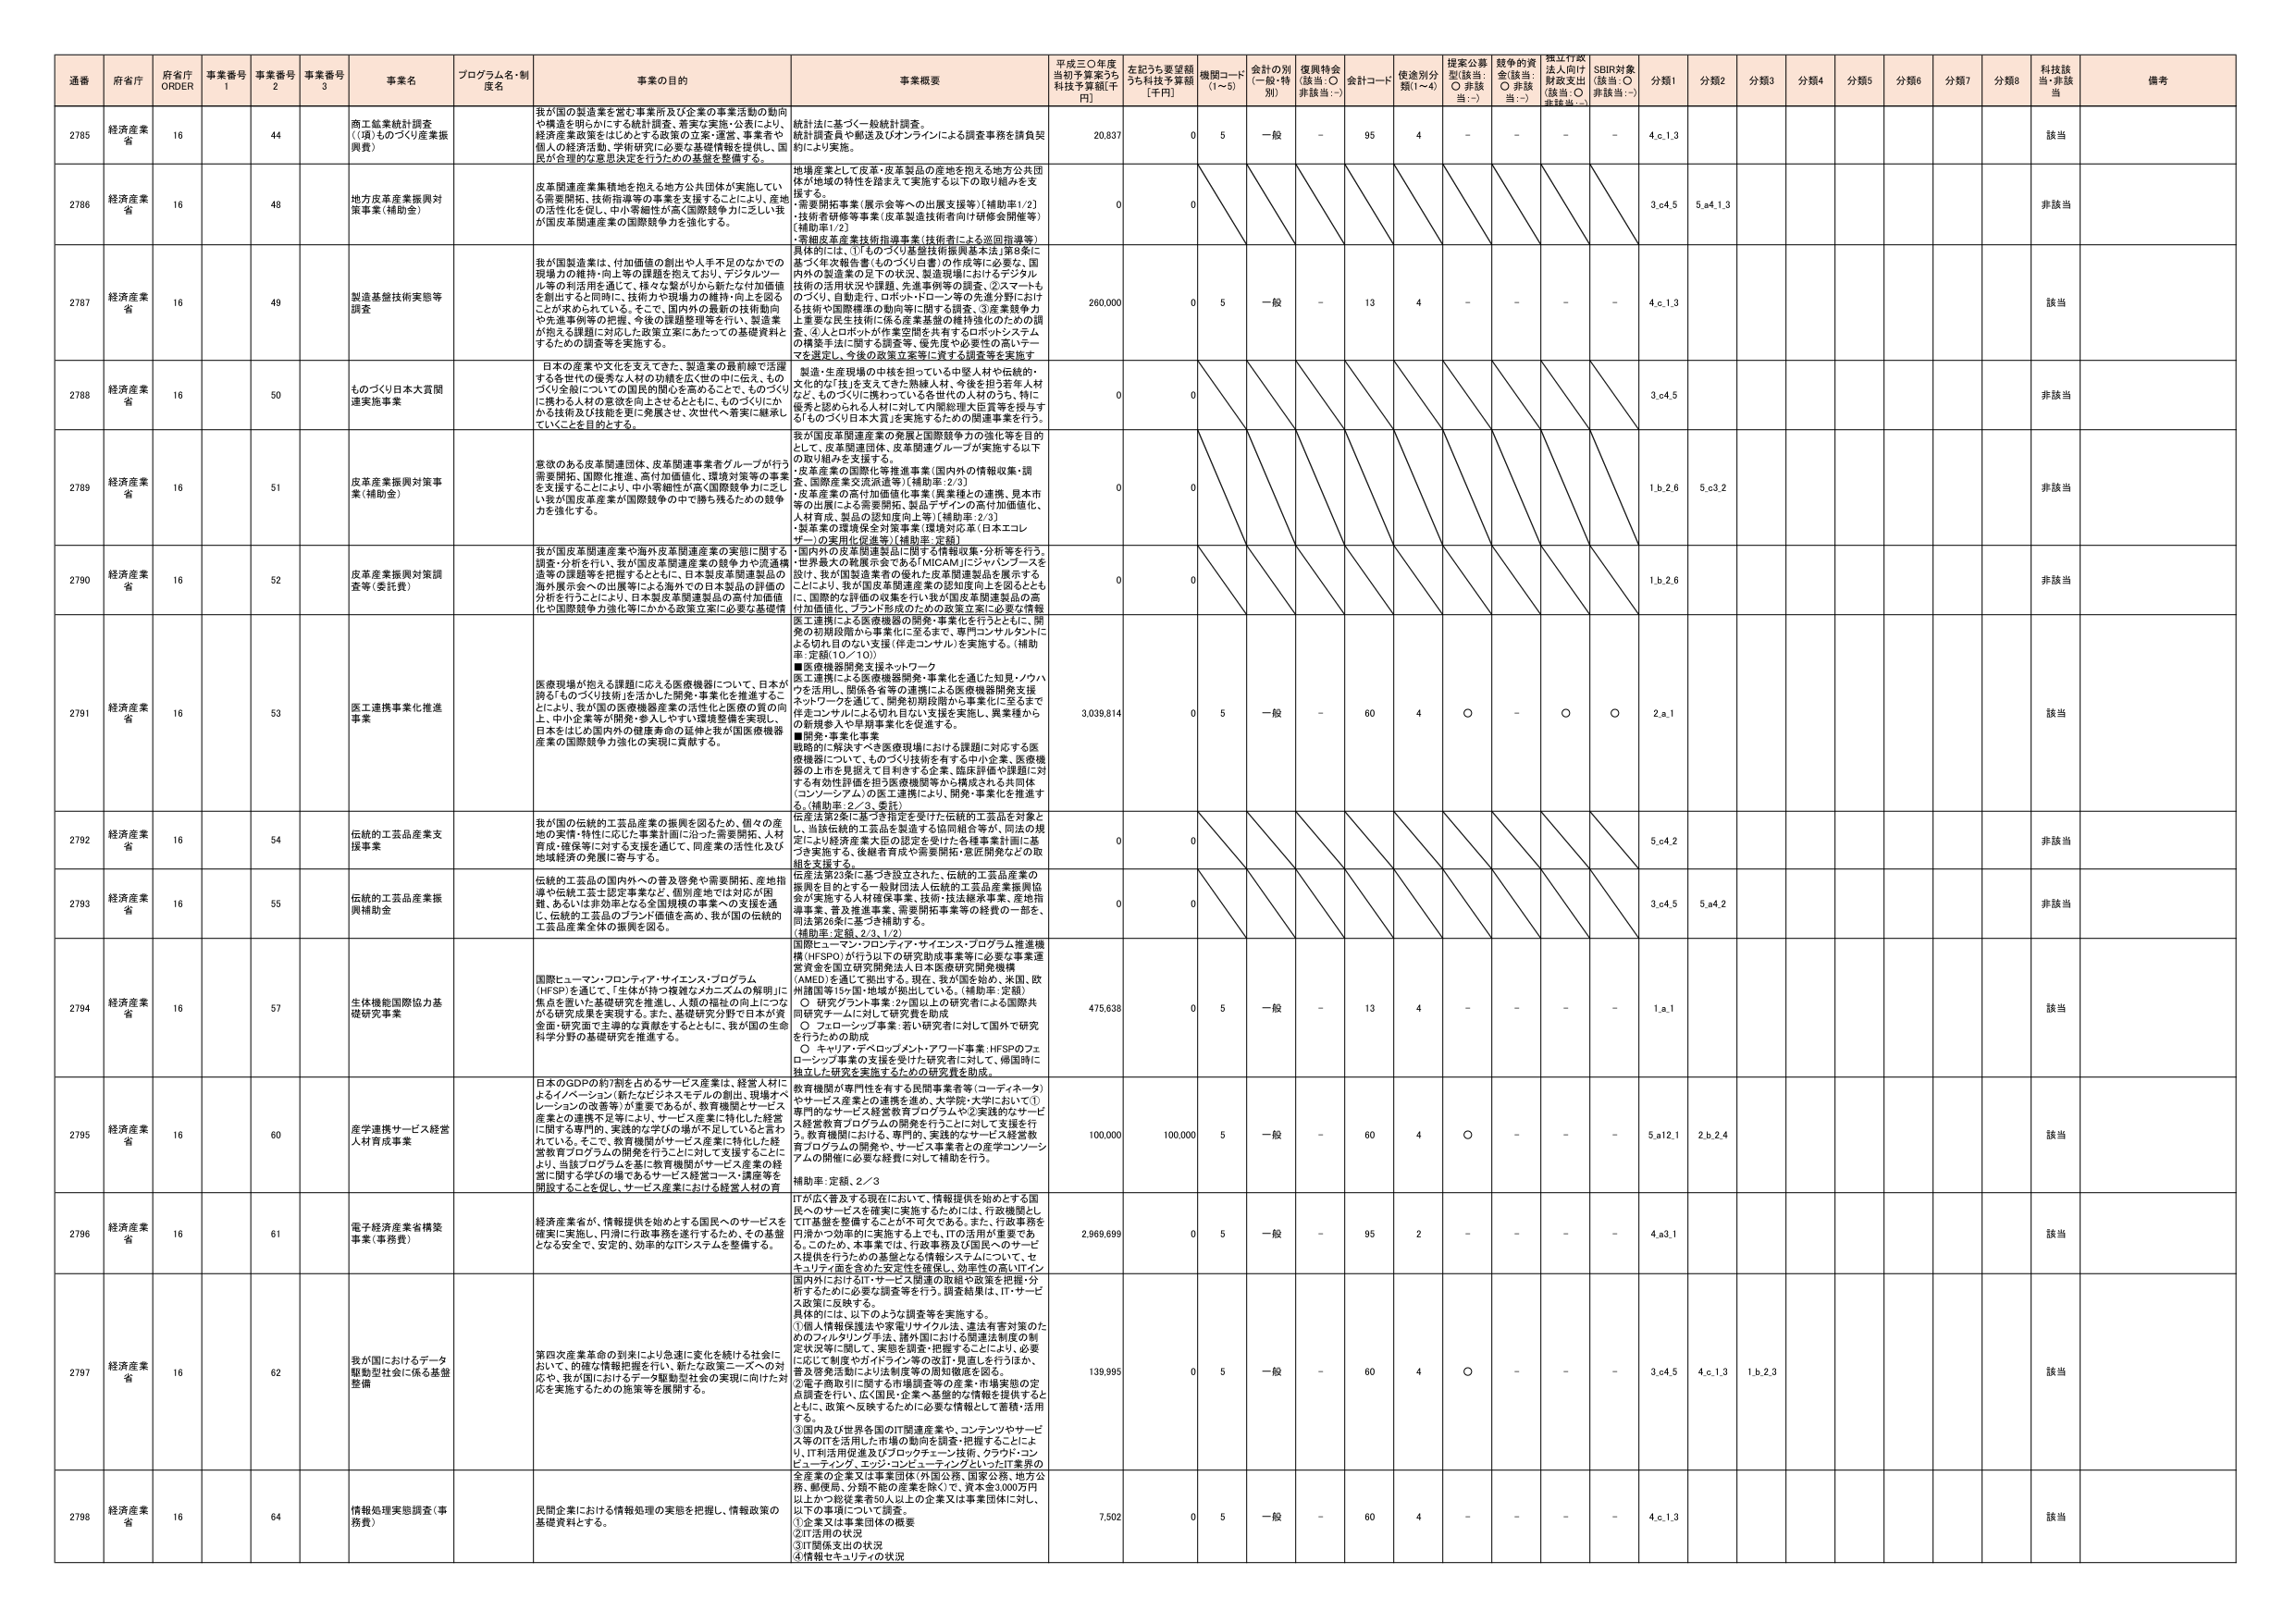
通番 府省庁 府省庁 ORDER 事業番号 1 事業番号 2 事業番号 3 事業名 プログラム名・制度名 事業の目的 事業概要 平成三〇年度当初予算案うち 科技予算額[千円] 左記うち要望額うち科技予算額[千円] 機関コード(1～5) 会計の別(一般・特別) 復興特会(該当:○ 非該当:－) 会計コード 使途別分類(1～4) 提案公募型(該当:○ 非該当:－) 競争的資金(該当:○ 非該当:－) 採択行政法人向け財政支出(該当:○ 非該当:－) SBIR対象(該当:○ 非該当:－) 分類1 分類2 分類3 分類4 分類5 分類6 分類7 分類8 科技該当・非該当 備考

2785 経済産業省 16 44 商工鉱業統計調査（「県」ものづくり産業振興費） 我が国の製造業を営む事業所及び企業の事業活動の動向や構造を明らかにする統計調査、着実な実施・公表により、経済産業政策をはじめとする政策の立案・運営、事業者や個人の経済活動、学術研究に必要な基礎情報を提供し、国民が合理的な意思決定を行うための基盤を整備する。 統計法に基づく一般統計調査。統計調査員や郵送及びオンラインによる調査事務を請負契約により実施。 20,837 0 5 一般 － 95 4 － － － － 4.c.1.3 該当

2786 経済産業省 16 48 地方皮革産業振興対策事業（補助金） 皮革関連産業集積地を抱える地方公共団体が実施している需要開拓、技術指導等の事業を支援することにより、産地の活性化を促し、中小零細性が高く国際競争力に乏しい我が国皮革関連産業の国際競争力を強化する。 地場産業として皮革・皮革製品の産地を抱える地方公共団体が地域の特性を踏まえて実施する以下の取り組みを支援する。・需要開拓事業（展示会等への出展支援等）〔補助率1/2〕・技術者研修等事業（皮革製造技術者向け研修会開催等）〔補助率1/2〕・零細皮革産業技術指導事業（技術者による巡回指導等） 0 0 3.o4.5 5.a4.1.3 非該当

2787 経済産業省 16 49 製造基盤技術実施等調査 我が国製造業は、付加価値の創出や人手不足のなかでの現場力の維持・向上等の課題を抱えており、デジタルツール等の利活用を通じて、様々な繋がりから新たな付加価値を創出するとの同時に、技術力や現場力の維持・向上を図ることが求められている。そこで、国内外の最新の技術動向や先進事例等の把握、今後の課題整理等を行い、製造業が抱える課題に対応した政策立案にあたっての基礎資料とするための調査等を実施する。 具体的には、①「ものづくり生産技術調査基本法」第5条に基づく年次報告書（ものづくり白書）の作成等に必要な、国内外の製造業の足下の状況、製造現場におけるデジタル技術の活用状況や課題、先進事例等の調査、②スタートもびっくり、自動走行、ロボット・ドローン等の先進分野における技術や国際標準の動向等に関する調査、③産業競争力上重要な民生技術に係る産業基盤の維持強化のための調査、④人とロボットが作業空間を共有するロボットシステムの構築手法に関する調査等、優先度や必要性の高いテーマを選定し、今後の政策立案等に資する調査等を実施す 260,000 0 5 一般 － 13 4 － － － － 4.c.1.3 該当

2788 経済産業省 16 50 ものづくり日本大賞関連実施事業 日本の産業や文化を支えてきた、製造業の最前線で活躍する各世代の優秀な人材の功績を広く世の中に伝え、ものづくり全般についての国民的関心を高めるとともに、ものづくりに携わる人材の意欲を向上させるとともに、ものづくりにかかる技術及び技能を更に発展させ、次世代へ着実に継承していくことを目的とする。 製造・生産現場の中核を担っている中堅人材や伝統的・文化の技に長けた人材、今後を担う若手人材など、ものづくりに携わっている世代の人材のうち、特に優秀と認められる人材に対して国際総理大臣賞等を授与する「ものづくり日本大賞」を実施するための関連事業を行う。 0 0 3.o4.5 非該当

2789 経済産業省 16 51 皮革産業振興対策事業（補助金） 意欲のある皮革関連団体、皮革関連事業者グループが行う需要開拓、国際化推進、高付加価値化、環境対策等の事業を支援することにより、中小零細性が高く国際競争力に乏しい我が国皮革産業が国際競争の中で勝ち残るための競争力を強化する。 我が国皮革関連産業の発展と国際競争力の強化等を目的として、皮革関連団体、皮革関連グループが実施する以下の取り組みを支援する。・皮革産業の国際化等推進事業（国内外の情報収集・調査、国際産業交流派遣等）〔補助率：2/3〕・皮革産業の高付加価値化事業（異素材との連携、見本市等の出展による需要開拓、製品デザインの高付加価値化、人材育成、製品の認知度向上等）〔補助率：2/3〕・皮革業の環境保全対策事業（環境対応革（日本エコレザー）の実用化促進等）〔補助率：定額〕 0 0 1.b.2.6 5.c3.2 非該当

2790 経済産業省 16 52 皮革産業振興対策調査等（委託費） 我が国皮革関連産業や海外皮革関連産業の実態に関する調査・分析を行い、我が国皮革関連産業の競争力や流通構造等の課題等を把握するとともに、日本製皮革関連製品の海外展開への出展等による海外での日本製品の評価の分析を行うことにより、日本製皮革関連製品の高付加価値化や国際競争力強化等にかかる政策立案に必要な基礎情 ・国内外の皮革関連製品に関する情報収集・分析等を行う。・世界最大の展示会である「MICAM」にジャパンブースを設け、我が国関連業者の製品・皮革関連製品を展示する。ことにより、我が国皮革関連産業の認知度向上を図るとともに、国際的な評価の収集を行い我が国皮革関連製品の高付加価値化、ブランド形成のための政策立案に必要な情報 0 0 1.b.2.6 非該当

2791 経済産業省 16 53 医工連携事業化推進事業 医療現場が抱える課題に応える医療機器について、日本が誇る「ものづくり技術」を活かした開発・事業化を推進することにより、我が国の医療機器産業の活性化と医療の質の向上、中小企業等が開発・参入しやすい環境整備を実現し、日本をはじめ国内外の健康寿命の延伸と我が国医療機器産業の国際競争力強化の実現に貢献する。 医工連携による医療機器の開発・事業化を行うとともに、開発の初期段階から事業化に至るまで、専門コンサルタントによる切れ目のない支援（伴走コンサル）を実施する。〔補助率：定額（10／10）〕 ■医療機器開発支援ネットワーク 医工連携による医療機器開発・事業化を通じた知見・ノウハウを活用し、関係各省等の連携による医療機器開発支援ネットワークを通じて、開発初期段階から事業化に至るまで伴走コンサルによる切れ目ない支援を実施し、異業種から新規参入や早期事業化を促進する。 ■開発・事業化事業 戦略的に解決すべき医療現場における課題に対応する医療機器について、ものづくり技術を有する中小企業、医療機器の上市を見据えて目利きする企業、臨床評価や課題に対する有効性評価を担う医療機関等から構成される共同体（コンソーシアム）の医工連携により、開発・事業化を推進する。〔補助率：2／3、委託〕 3,039,814 0 5 一般 － 60 4 ○ － ○ ○ 2.a.1 該当

2792 経済産業省 16 54 伝統的工芸品産業支援事業 我が国の伝統的工芸品産業の振興を図るため、個々の産地の実情・特性に応じた事業計画に沿った需要開拓、人材育成・確保等に対する支援を通じて、同産業の活性化及び地域経済の発展に寄与する。 伝産法第2条に基づき指定を受けた伝統的工芸品を対象とし、当該伝統的工芸品を製造する協同組合等が、同法の規定により経済産業大臣の認証された各種事業計画に基づき実施する、後継者育成や需要開拓・宣伝開発などの取組を支援する。 0 0 5.o4.2 非該当

2793 経済産業省 16 55 伝統的工芸品産業振興補助金 伝統的工芸品の国内外への普及啓発や需要開拓、産地指導や伝統工芸士認定事業など、個別産地では対応が困難、あるいは非効率となる全国規模の事業への支援を通じ、伝統的工芸品のブランド価値を高め、我が国の伝統的工芸品産業全体の振興を図る。 伝産法第23条に基づき設立された、伝統的工芸品産業の振興を目的とする一般財団法人伝統的工芸品産業振興協会が実施する人材確保事業、技術・技法継承事業、産地指導事業、普及推進事業、需要開拓事業等の経費の一部を、同法第26条に基づき補助する。〔補助率：定額、2/3、1/2〕 0 0 3.o4.5 5.a4.2 非該当

2794 経済産業省 16 57 生体機能国際協力基礎研究事業 国際ヒューマン・フロンティア・サイエンス・プログラム（HFSP）を通じて、「生体が持つ複雑なメカニズムの解明」に焦点を置いた基礎研究を推進し、人間の福祉の向上につながる研究成果を実現する。また、基礎研究分野で日本が資産面・研究面で主導的な貢献をするとともに、我が国の生命科学分野の基礎研究を推進する。 国際ヒューマン・フロンティア・サイエンス・プログラム推進機構（HFSP）が行う以下の研究助成事業等に必要な事業運営資金を国立研究開発法人日本医療研究開発機構（AMED）を通じて拠出する。現在、我が国を始め、米国、欧州諸国等15ヶ国・地域が拠出している。〔補助率：定額〕 ○ 研究グランド事業：2ヶ国以上の研究者による国際共同研究チームに対して研究費を助成 ○ フェローシップ事業：若手研究者に対して国外で研究を行うための助成 ○ キャリア・デベロップメント・アワード事業：HFSPのフェローシップ事業の支援を受けた研究者に対して、帰国時に独立した研究を実施するための研究費を助成 475,638 0 5 一般 － 13 4 － － － － 1.a.1 該当

2795 経済産業省 16 60 産学連携サービス経営人材育成事業 日本のGDPの約7割を占めるサービス産業は、経営人材によるイノベーション（新たなビジネスモデルの創出、現場オペレーションの改善等）が重要であるが、教育機関とサービス産業との連携不足等により、サービス産業に特化した経営に関する専門的、実践的な学びの場が不足していると言われている。そこで、教育機関がサービス産業に特化した経営教育プログラムの開発を行うことに対して支援することにより、当該プログラムを基に教育機関がサービス産業の経営に関する学びの場であるサービス経営コース・講座等を開設することを促し、サービス産業における経営人材の育 教育機関が専門性を有する民間事業者等（コーディネータ）やサービス産業との連携を進め、大学院・大学において①専門的なサービス経営教育プログラムや②実践的なサービス経営教育プログラムの開発を行うことに対して支援を行う。教育機関における、専門的、実践的なサービス経営教育プログラムの開発や、サービス事業者との産学コンソーシアムの開催に必要な経費に対して補助を行う。〔補助率：定額、2／3〕 100,000 100,000 5 一般 － 60 4 ○ － － － 5.a12.1 2.b.2.4 該当

2796 経済産業省 16 61 電子経済産業省構築事業（事務費） 経済産業省が、情報提供を始めとする国民へのサービスを確実に実施し、円滑に行政事務を遂行するため、その基盤となる安全で、安定的、効率的なITシステムを整備する。 ITが広く普及する現在において、情報提供を始めとする国民へのサービスを確実に実施するためには、行政機関としてIT基盤を整備することが不可欠である。また、行政事務を円滑かつ効率的に実施する上でも、ITの活用が重要である。このため、本事業では、行政事務及び国民へのサービス提供を行うための基盤となる情報システムについて、セキュリティ面を含めた安定性を確保し、効率性の高いITイン 2,969,699 0 5 一般 － 95 2 － － － － 4.a3.1 該当

2797 経済産業省 16 62 我が国におけるデータ駆動型社会に係る基盤整備 第四次産業革命の到来により急速に変化を続ける社会において、的確な情報把握を行い、新たな政策ニーズへの対応や、我が国におけるデータ駆動型社会の実現に向けた対応を実施するための施策等を展開する。 国内外におけるIT・サービス関連の取組や政策を把握・分析するために必要な調査等を行う。調査結果は、IT・サービス政策に反映する。具体的には、以下のような調査等を実施する。①個人情報保護法や家庭円サクル法、違法有害対策のためのフィルタリング手法、諸外国における関連法制度の制定状況等に関して、実態を調査・把握することにより、必要に応じて制度やガイドライン等の改訂・見直しを行うほか、普及啓発活動により法制度の周知徹底を図る。②電子商取引に関する市場調査等の産業・市場実態の定点調査を行い、広く国民・企業へ基盤的な情報を提供するとともに、政策へ反映するために必要な情報として蓄積・活用する。③国内及び世界各国のIT関連産業や、コンテンツやサービス等のITを活用した市場の動向を調査・把握することにより、IT利活用促進及びブロックチェーン技術、クラウド・コンピューティング、エッジ・コンピューティングといったIT業界の 139,995 0 5 一般 － 60 4 ○ － － － 3.o4.5 4.c.1.3 1.b.2.3 該当

2798 経済産業省 16 64 情報処理実態調査（事務費） 民間企業における情報処理の実態を把握し、情報政策の基礎資料とする。 全産業の企業又は事業団体（外国公務、国家公務、地方公務、郵便局、分類不能の産業を除く）で、資本金1,000万円以上かつ総従業者50人以上の企業又は事業団体に対して、以下の事項について調査。①企業又は事業団体の概要②IT活用の状況③IT関係支出の状況④情報セキュリティの状況 7,502 0 5 一般 － 60 4 － － － － 4.c.1.3 該当